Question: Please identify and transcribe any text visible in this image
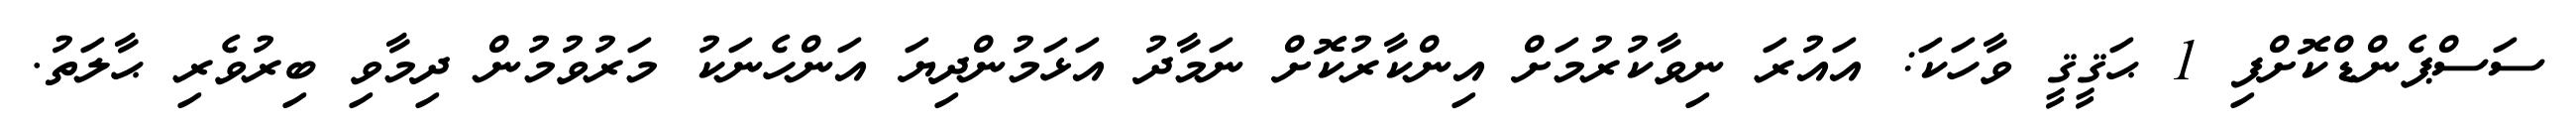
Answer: ސަސްޕެންޑްކޮށްފި 1 ޙަޤީޤީ ވާހަކަ: އައުރަ ނިވާކުރުމަށް އިންކާރުކޮށް ނަމާދު އަޅަމުންދިޔަ އަންހެނަކު މަރުވުމުން ދިމާވި ބިރުވެރި ޙާލަތު.